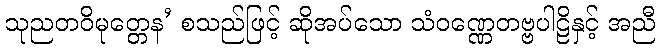
သုညတဝိမုတ္တေန’ စသည်ဖြင့် ဆိုအပ်သော သံဝဏ္ဏေတဗ္ဗပါဠိနှင့် အညီ